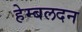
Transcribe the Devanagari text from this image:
हेम्बलदन